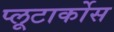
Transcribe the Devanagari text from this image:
प्लूटार्कोस